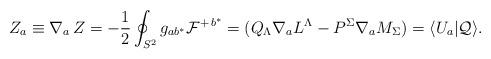
LaTeX: \begin{align*}Z_a\equiv \nabla_a\,Z=-{1\over 2}\oint_{S^2}g_{ab^*}{\cal F}^{+\,b^*}=(Q_{\Lambda}\nabla_aL^{\Lambda}-P^{\Sigma}\nabla_aM_{\Sigma})=\langle U_a|{\cal Q}\rangle.\end{align*}